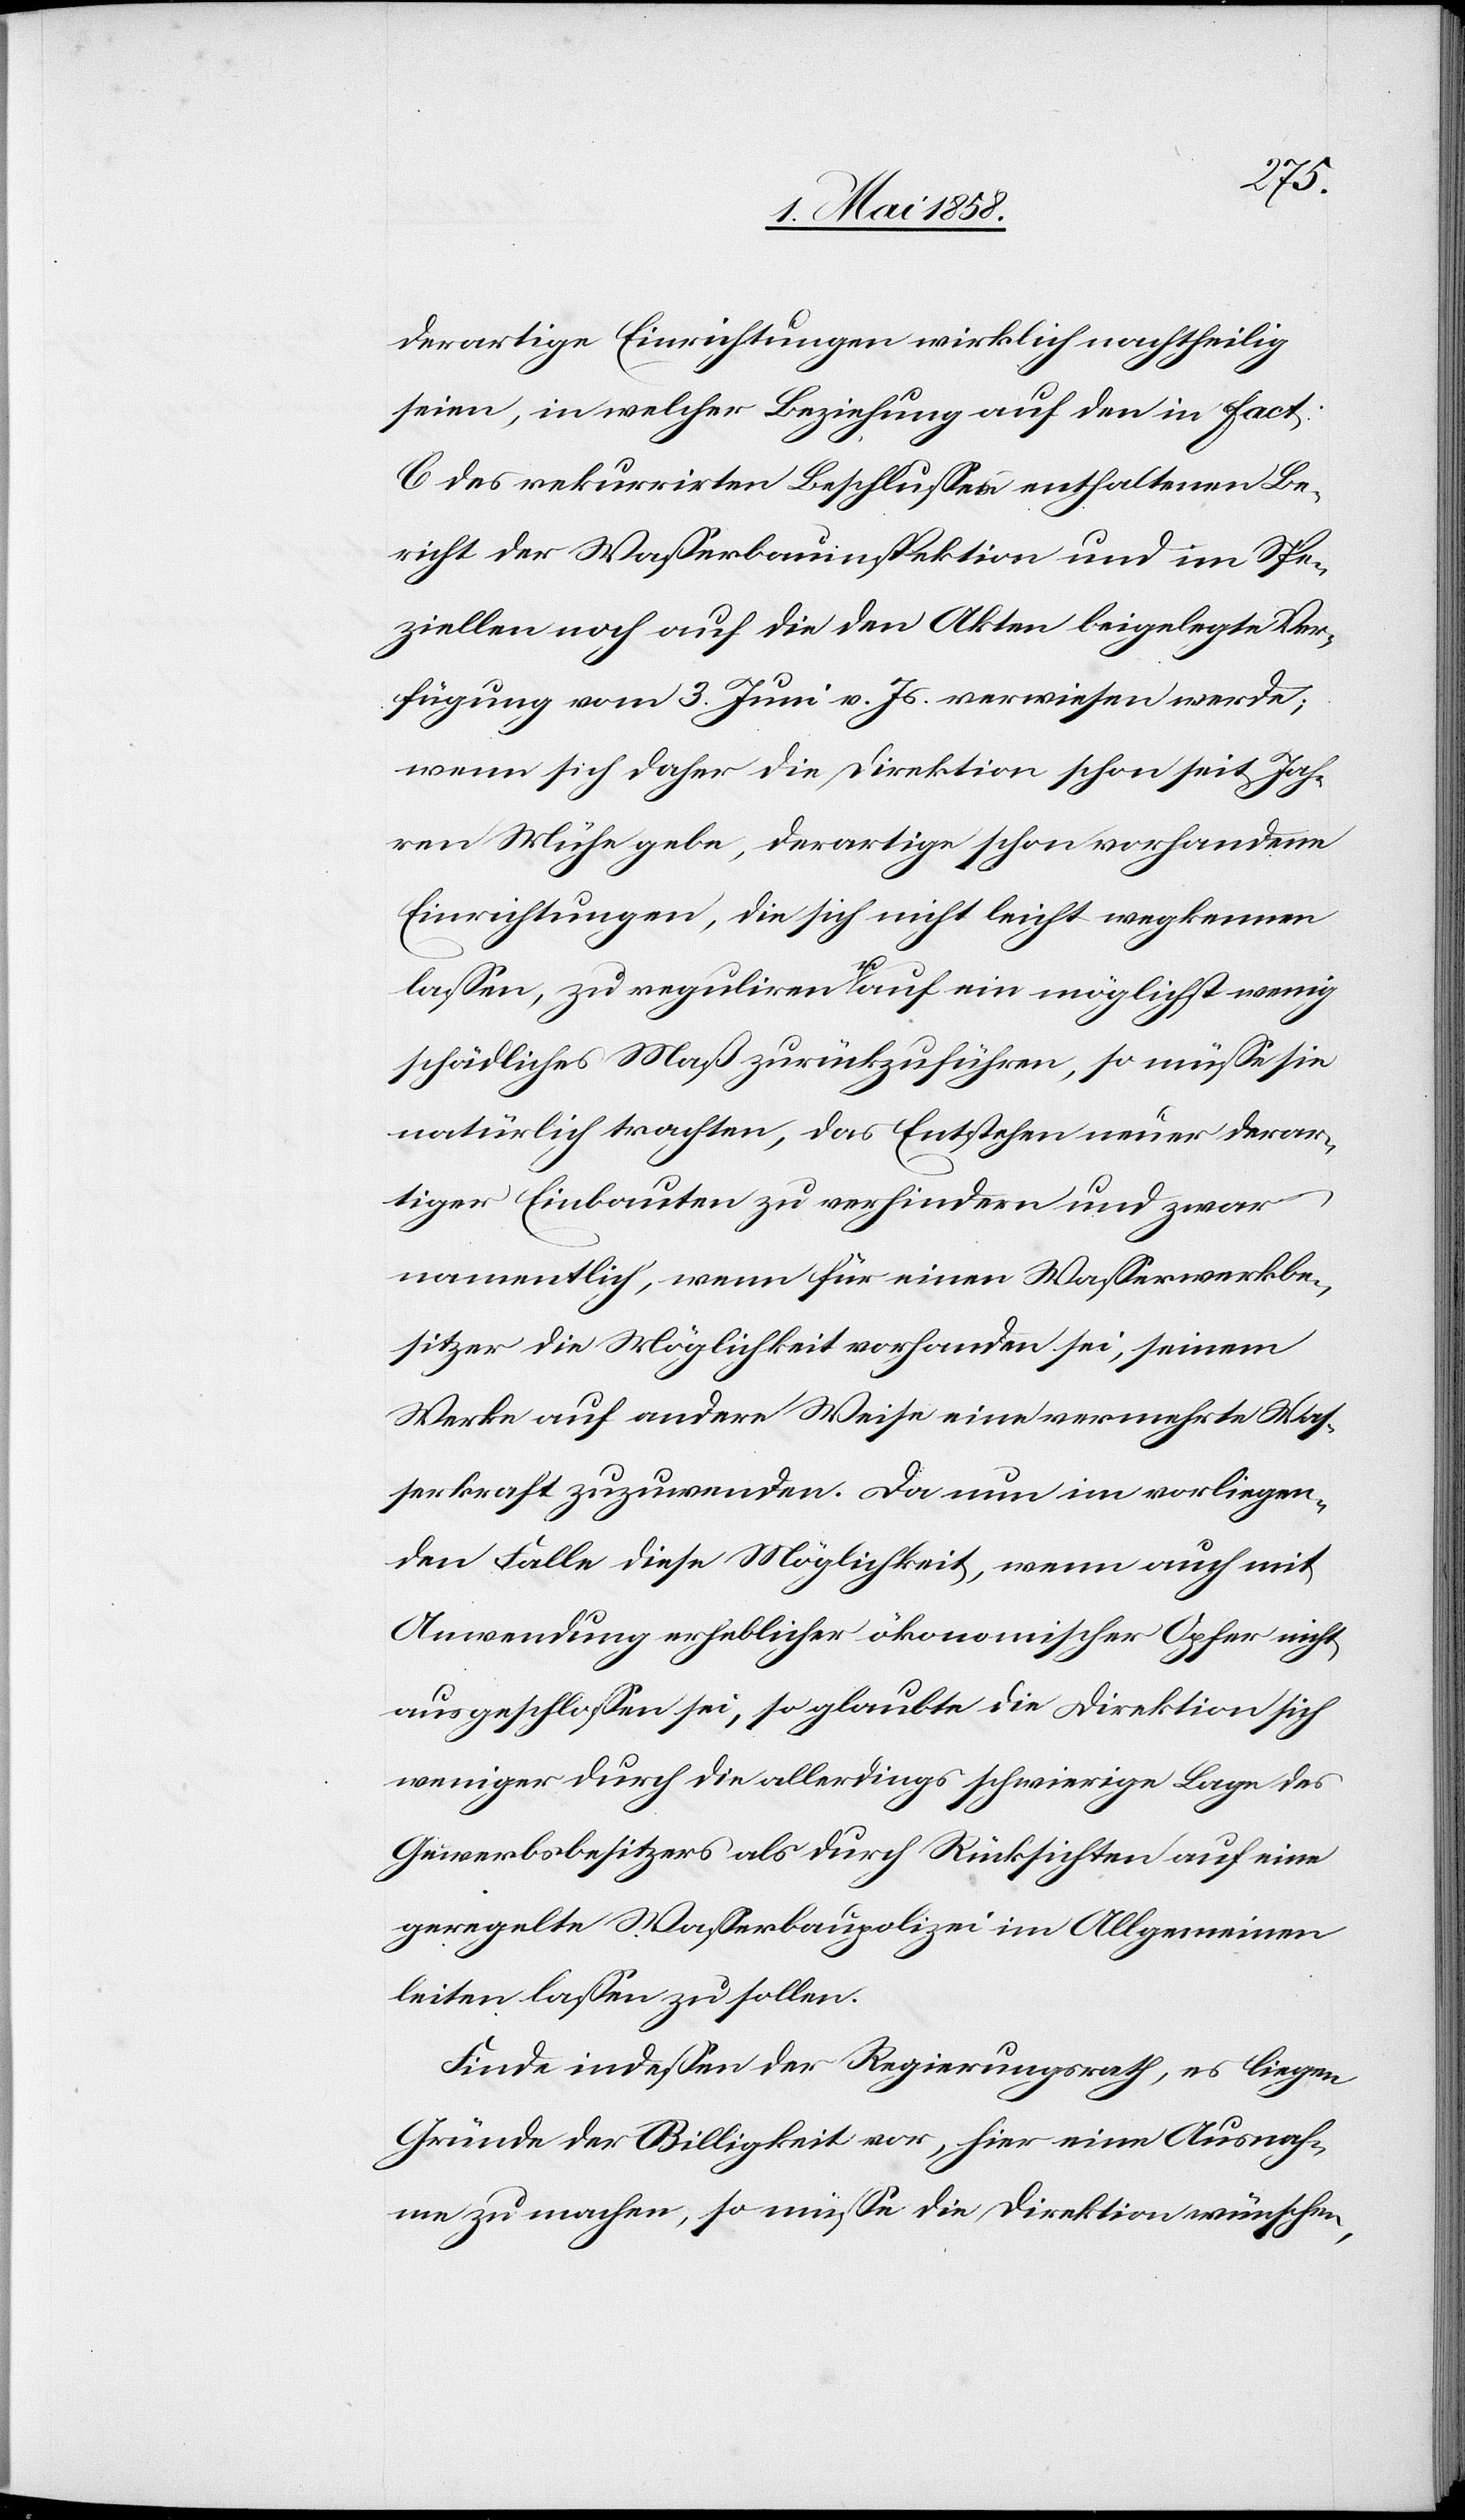
derartige Einrichtungen wirklich nachtheilig
seien, in welcher Beziehung auf den in fact.
C des rekurrirten Beschlusses enthaltenen Be¬
richt der Wasserbauinspektion und im Spe¬
ziellen noch auf die den Akten beigelegte Ver¬
fügung vom 3. Juni v. Js. verwiesen werde;
wenn sich daher die Direktion schon seit Jah¬
ren Mühe gebe, derartige schon vorhandene
Einrichtungen, die sich nicht leicht wegkennen
lassen, zu reguliren u. auf ein möglichst wenig
schädliches Maß zurückzuführen, so müsse sie
natürlich trachten, das Entstehen neuer derar¬
tiger Einbauten zu verhindern und zwar
namentlich, wenn für einen Wasserwerksbe¬
sitzer die Möglichkeit vorhanden sei, seinem
Werke auf andere Weise eine vermehrte Was¬
serkraft zuzuwenden. Da nun im vorliegen¬
den Falle diese Möglichkeit, wenn auch mit
Anwendung erheblicher ökonomischer Opfer nicht
ausgeschlossen sei, so glaubte die Direktion sich
weniger durch die allerdings schwierige Lage des
Gewerbsbesitzes als durch Rücksichten auf eine
geregelte Wasserbaupolizei im Allgemeinen
leiten lassen zu sollen.
Finde indessen der Regierungsrath, es liegen
Gründe der Billigkeit vor, hier eine Ausnah¬
me zu machen, so müsse die Direktion wünschen,